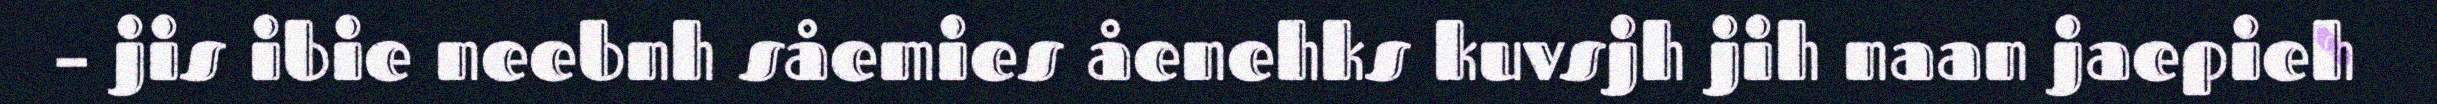
– jis ibie neebnh såemies åenehks kuvsjh jih naan jaepieh